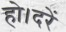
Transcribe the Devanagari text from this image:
हो।दरें